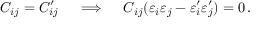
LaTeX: C _ { i j } = C _ { i j } ^ { \prime } \quad \implies \quad C _ { i j } ( \varepsilon _ { i } \varepsilon _ { j } - \varepsilon _ { i } ^ { \prime } \varepsilon _ { j } ^ { \prime } ) = 0 \, .